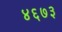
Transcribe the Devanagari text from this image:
४६७३